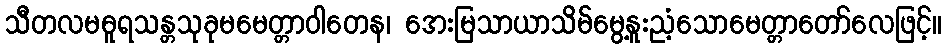
သီတလမဓူရသန္တသုခုမမေတ္တာဝါတေန၊ အေးမြသာယာသိမ်မွေ့နူးညံ့သောမေတ္တာတော်လေဖြင့်။